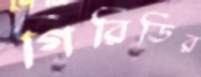
গিরিডির